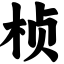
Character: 桢